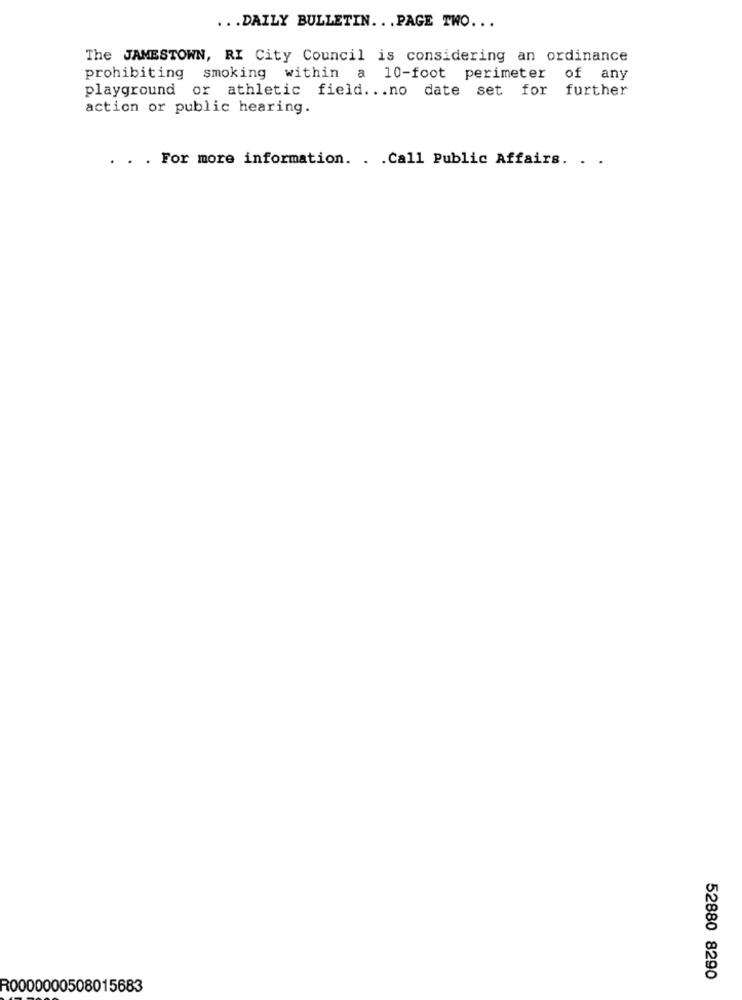
... DAILY BULLETIN. . . PAGE TWO ...
The JAMESTOWN, RI City Council is considering an ordinance
prohibiting smoking within a 10-foot perimeter of any
playground or athletic field ... no date set for further
action or public hearing.
. . . For more information. . . Call Public Affairs. . .
52880 8290
R0000000508015683